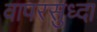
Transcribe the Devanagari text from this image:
वापरसुध्दा